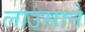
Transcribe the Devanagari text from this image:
लाउसाने